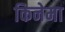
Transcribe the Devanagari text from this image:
किनेमा